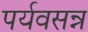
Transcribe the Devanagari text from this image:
पर्यवसन्न